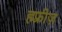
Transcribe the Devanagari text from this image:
ह्म्फ्रीज़